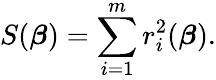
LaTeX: S({\boldsymbol{\beta}})=\sum_{i=1}^{m}r_{i}^{2}({\boldsymbol{\beta}}).